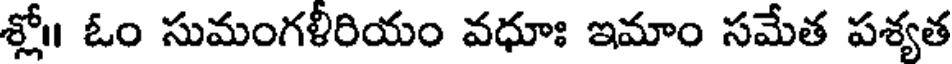
శ్లో॥ ఓం సుమంగళీరియం వధూః ఇమాం సమేత పశ్యత